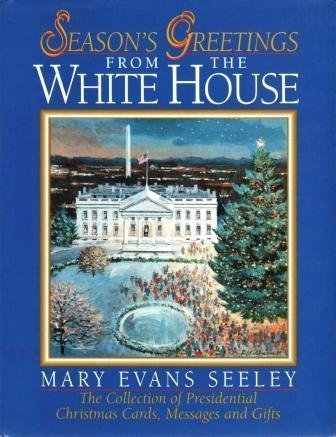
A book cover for Season's Greetings from the White House:  The Collection of Presidential Christmas Cards, Messages and Gifts; Mary Evans Seeley; Crafts, Hobbies & Home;